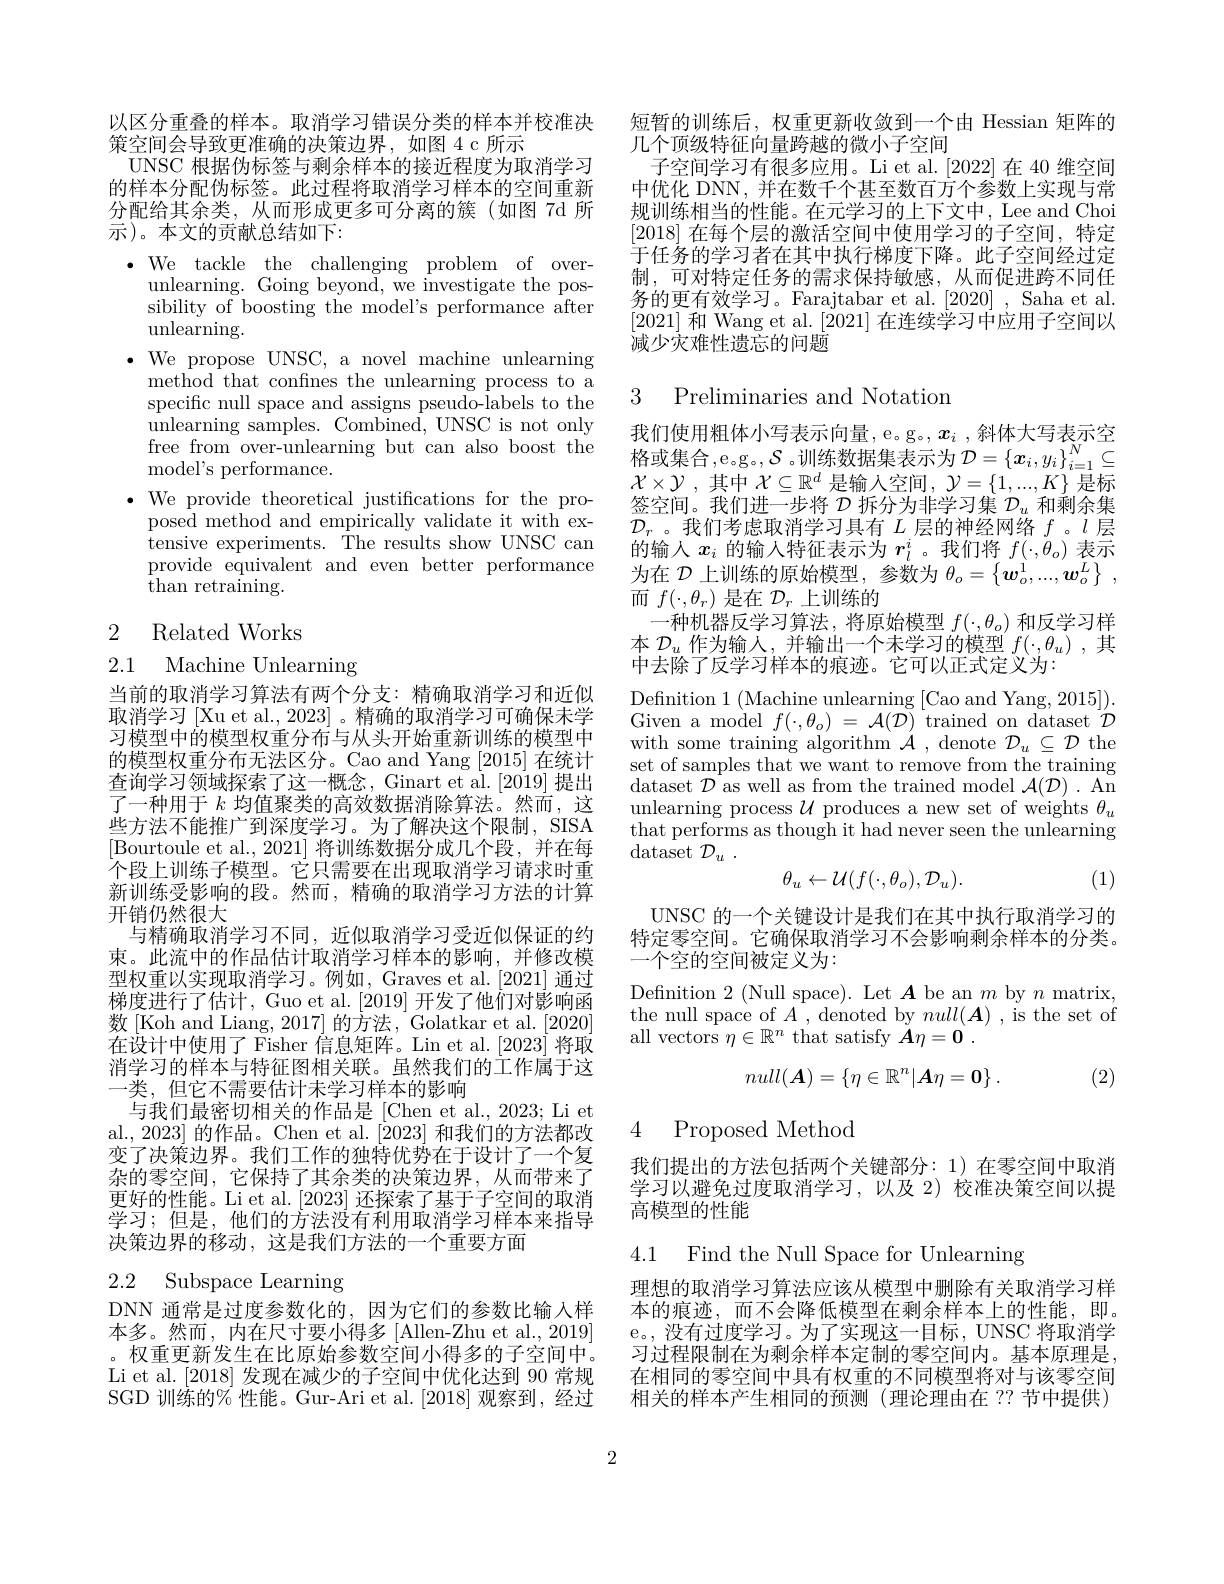
以区分重叠的样本。取消学习错误分类的样本并校准决
策空间会导致更准确的决策边界，如图 4 c 所示
UNSC 根据伪标签与剩余样本的接近程度为取消学习的样本分配伪标签。此过程将取消学习样本的空间重新分配给其余类，从而形成更多可分离的簇(如图 7d 所示)。本文的贡献总结如下：
$\bullet$We tackle the challenging problem over-
unlearning. Going beyond, we investigate the possibility of boosting the model's performance after $\operatorname{unlearning}.$
$\bullet$ We propose UNSC, a novel machine unlearning
method that confines the unlearning process to a specific null space and assigns pseudo-labels to the unlearning samples. Combined, UNSC is not only $\begin{array}{ccc}{\text{unnearming sanples. Combined, UNSC Is not only}}&{\text{我们使用粗体小写表示向量，e。g。}x_{i}},\text{斜体大写表示空}\\{\text{free from over-unlearning but can also boost the}}&{\text{格或集合，e.g。}\mathcal{S}\text{。训练数据集表示为}\mathcal{D}=\left\{x_{i},y_{i}\right\}_{i=1}^{N}\subseteq}\\{\text{model's performance.}}\end{array}$
${\mathrm{model's~performance.}}$
$\bullet$ We provide theoretical justifications for the proposed method and empirically validate it with extensive experiments. The results show UNSC can provide equivalent and even better performance ${\tilde{\text{than retraining}}}.$

2 Related Works

## 2.1 Machine Unlearning

当前的取消学习算法有两个分支：精确取消学习和近似取消学习 [Xu et al., 2023] 。精确的取消学习可确保未学习模型中的模型权重分布与从头开始重新训练的模型中的模型权重分布无法区分。Cao and Yang [2015] 在统计查询学习领域探索了这一概念，Ginart et al. [2019] 提出了一种用于$k$均值聚类的高效数据消除算法。然而，这些方法不能推广到深度学习。为了解决这个限制，SISA [Bourtoule et al., 2021] 将训练数据分成几个段，并在每个段上训练子模型。它只需要在出现取消学习请求时重新训练受影响的段。然而，精确的取消学习方法的计算开销仍然很大
与精确取消学习不同，近似取消学习受近似保证的约束。此流中的作品估计取消学习样本的影响，并修改模型权重以实现取消学习。例如，Graves et al.[2021] 通过梯度进行了估计，Guo et al. [2019] 开发了他们对影响函数[Koh and Liang, 2017] 的方法，Golatkar et al. [2020] $\dot{\text{在设计中使用了 Fisher 信息矩阵。Lin et al.[2023]将取}}$ 消学习的样本与特征图相关联。虽然我们的工作属于这一类，但它不需要估计未学习样本的影响
与我们最密切相关的作品是 [Chen et al., 2023; Li et al., 2023] 的作品。Chen et al. [2023] 和我们的方法都改变了决策边界。我们工作的独特优势在于设计了一个复杂的零空间，它保持了其余类的决策边界，从而带来了更好的性能。Li et al.[2023] 还探索了基于子空间的取消学习；但是，他们的方法没有利用取消学习样本来指导决策边界的移动，这是我们方法的一个重要方面

# 2.2 Subspace Learning

DNN 通常是过度参数化的，因为它们的参数比输入样本多。然而，内在尺寸要小得多[Allen-Zhu et al.,2019] 。权重更新发生在比原始参数空间小得多的子空间中。Li et al. [2018]发现在减少的子空间中优化达到 90 常规SGD 训练的% 性能。Gur-Ari et al.[2018] 观察到，经过

短暂的训练后，权重更新收敛到一个由 Hessian 矩阵的
几个顶级特征向量跨越的微小子空间
子空间学习有很多应用。Li et al.[2022]在 40 维空间中优化 DNN, 并在数千个甚至数百方个参数上实现与常规训练相当的性能。在元学习的上下文中，Lee and Choi [2018]在每个层的激活空间中使用学习的子空间，特定于任务的学习者在其中执行梯度下降。此子空间经过定制，可对特定任务的需求保持敏感，从而促进跨不同任务的更有效学习。Farajtabar et al.[2020] , Saha et al. [2021]和 Wang et al. [2021]在连续学习中应用子空间以$\bar{\text{减少灾难性遗忘的问题}}$

# 3 Preliminaries and Notation

$\mathcal{X}\times\mathcal{Y}$ ,其中$\mathcal{X}\subseteq\mathbb{R}^d$是输人空间$,\mathcal{Y}=\{1,...,K\}$是标签空间。我们进一步将$\mathcal{D}$拆分为非学习集$\mathcal{D}_u$和剩余集$\mathcal{D}_r$。我们考虑取消学习具有$L$层的神经网络$f$ 。$l$层的输入$x_i$的输入特征表示为$r_l^i$。我们将$f(\cdot,\dot{\theta}_o)$表示为在$\mathcal{D}$上训练的原始模型，参数为$\theta_o=\left\{\boldsymbol w_o^1,...,\boldsymbol w_o^L\right\}$, 而$f(\cdot,\theta_r)$是在$\mathcal{D}_r$上训练的
一种机器反学习算法，将原始模型$f(\cdot,\theta_o)$和反学习样$\begin{array}{l}{\text{本 }\mathcal{D}_u\text{ 作为输入，并输出一个未学习的模型 }f(\cdot,\theta_u),\text{ 其}}\\{\text{中去除了反学习样本的痕迹。它可以正式定义为：}}\\\end{array}$ Definition 1 (Machine unlearning [Cao and Yang, 2015]). Given a model $f(\cdot,\theta_o)=\mathcal{A}(\tilde{D})$ trained on dataset $\mathcal{D}$ with some training algorithm $\mathcal{A}$ , denote $\mathcal{D}_u\subseteq\mathcal{D}$ the set of samples that we want to remove from the training dataset $\mathcal{D}$ as well as from the trained model $\mathcal{A}(\mathcal{D}).$ An unlearning process $\mathcal{U}$ produces a new set of weights $\theta_u$ that performs as though it had never seen the unlearning $\operatorname { \mathrm{dataset}}$ $\mathcal{D} _{u}$ .
$$\theta_u\leftarrow\mathcal{U}(f(\cdot,\theta_o),\mathcal{D}_u).$$
(1)

UNSC 的一个关键设计是我们在其中执行取消学习的特定零空间。它确保取消学习不会影响剩余样本的分类。$-\bar{\text{个空的空间被定义为：}}$

Defnition 2 (Null space). Let $\boldsymbol A$ be an $m$ by $n$ matrix, the null space of $A$,denoted by $null(\boldsymbol{A})$,is the set of all vectors $\eta\in\mathbb{R}^n$ that satisfy $\boldsymbol A\eta=\mathbf{0}.$

(2)
$$null(\boldsymbol{A})=\{\eta\in\mathbb{R}^n|\boldsymbol{A}\eta=\boldsymbol{0}\}\:.$$
4

Proposed Method

我们提出的方法包括两个关键部分：1)在零空间中取消学习以避免过度取消学习，以及 2)校准决策空间以提高模型的性能

4.1 Find the Null Space for Unlearning

理想的取消学习算法应该从模型中删除有关取消学习样本的痕迹，而不会降低模型在剩余样本上的性能，即。e。, 没有过度学习。为了实现这一目标，UNSC 将取消学习过程限制在为剩余样本定制的零空间内。基本原理是， 在相同的零空间中具有权重的不同模型将对与该零空间相关的样本产生相同的预测(理论理由在 ??节中提供)

2